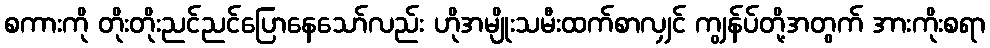
စကားကို တိုးတိုးညင်ညင်ပြောနေသော်လည်း ဟိုအမျိုးသမီးထက်စာလျှင် ကျွန်ပ်တို့အတွက် အားကိုးစရာ